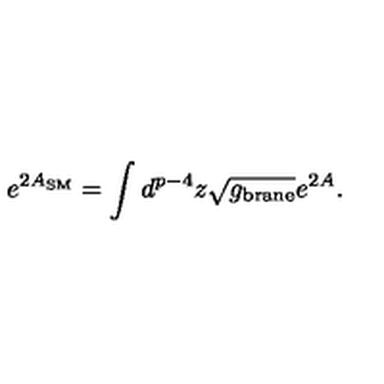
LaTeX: e ^ { 2 A _ { \mathrm { S M } } } = \int d ^ { p - 4 } z \sqrt { g _ { \mathrm { b r a n e } } } e ^ { 2 A } .